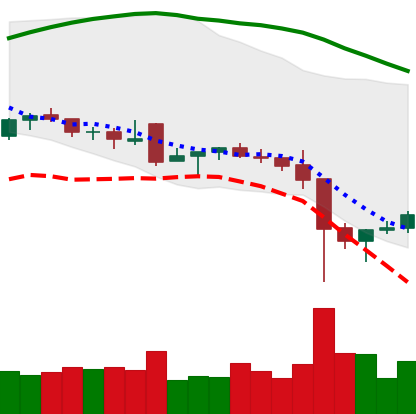
Ticker: NEO-USD
Chart end date: 2021-12-08
Forward return: -18.734%
Label: down_7plus